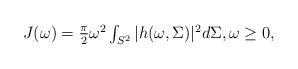
LaTeX: \begin{align*}J(\omega) = \textstyle\frac{\pi}{2}\omega^2\int_{S^2} |h(\omega,\Sigma)|^2 d\Sigma,\omega\geq 0,\end{align*}